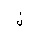
Letter: _lam